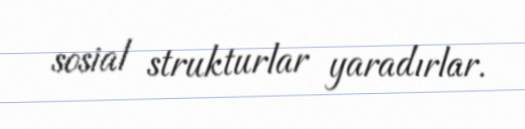
sosial strukturlar yaradırlar.